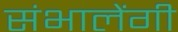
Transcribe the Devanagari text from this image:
संभालेंगी